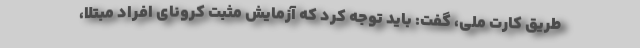
طریق کارت ملی، گفت: باید توجه کرد که آزمایش مثبت کرونای افراد مبتلا،